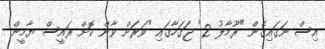
އިސް ނަގައިގެން "ރޫމާލު 2" ޖަގަހާގައި "ވަރަަށް ވާން ކޮށް ރައީސް ޔާމީން